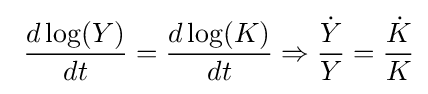
\ {\frac {d\log(Y)}{dt}}={\frac {d\log(K)}{dt}}\Rightarrow {\frac {\dot {Y}}{Y}}={\frac {\dot {K}}{K}}